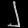
Digit: ၂